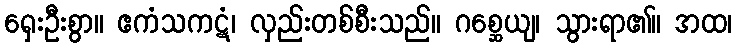
ရှေးဦးစွာ။ ဧကံသကဋံ၊ လှည်းတစ်စီးသည်။ ဂစ္ဆေယျ၊ သွားရာ၏။ အထ၊